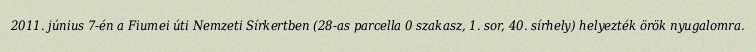
2011. június 7-én a Fiumei úti Nemzeti Sírkertben (28-as parcella 0 szakasz, 1. sor, 40. sírhely) helyezték örök nyugalomra.